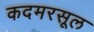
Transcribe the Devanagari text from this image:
कदमरसूल